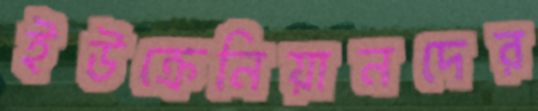
ইউক্রেনিয়ানদের